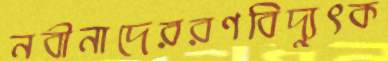
নবীনাদেররণবিদ্যুৎক